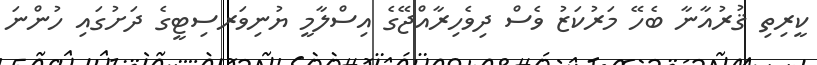
ކީރިތި ޤުރުއާނާ ބެހޭ މަރުކަޒު ވެސް ދިވެހިރާއްޖޭގެ އިސްލާމީ ޔުނިވަރސިޓީގެ ދަށުގައި ހުންނަ